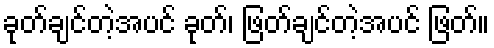
ခုတ်ချင်တဲ့အပင် ခုတ်၊ ဖြတ်ချင်တဲ့အပင် ဖြတ်။